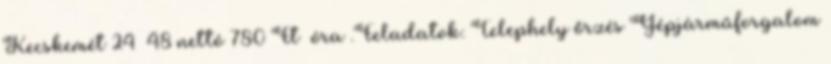
Kecskemét 24 48 nettó 780 Ft óra .Feladatok: Telephely őrzés Gépjárműforgalom